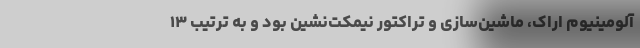
آلومینیوم اراک، ماشین‌سازی و تراکتور نیمکت‌نشین بود و به ترتیب ۱۳